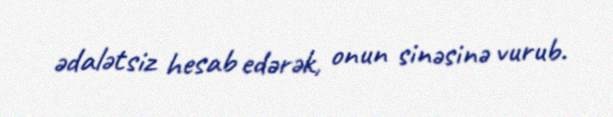
ədalətsiz hesab edərək, onun sinəsinə vurub.